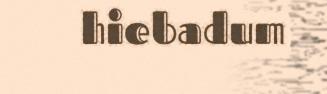
hiebadum